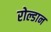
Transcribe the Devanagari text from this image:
रोल्डान